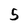
Character: 5